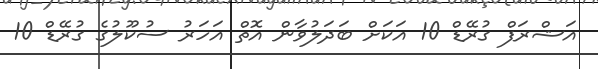
އަޝްރަފް ގުރޭޑް 10 އަކަށް ބަދަލުވާން އޮތް އަހަރު ސުކޫލުގެ ގުރޭޑް 10